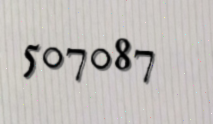
507087